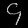
Digit: ၄